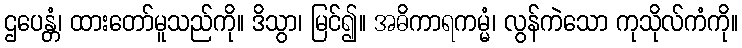
ဌပေန္တံ၊ ထားတော်မူသည်ကို။ ဒိသွာ၊ မြင်၍။ အဓိကာရကမ္မံ၊ လွန်ကဲသော ကုသိုလ်ကံကို။